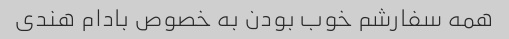
همه سفارشم خوب بودن به خصوص بادام هندی